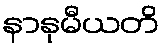
နာနုမီယတိ